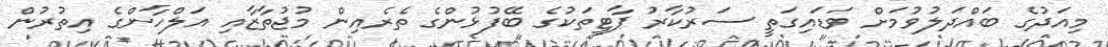
މިއަދުގެ ބައްދަލުވުމަށް ވަޑައިގަތީ ސަރުކާރު ޕާޓީތަކުގެ ބޭފުޅުންގެ ތެރެއިން މުޖުތާޒާއި އަލްހާންގެ އިތުރުން